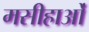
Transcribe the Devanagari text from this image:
मसीहाओं